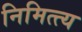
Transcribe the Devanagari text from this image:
निमित्त्य